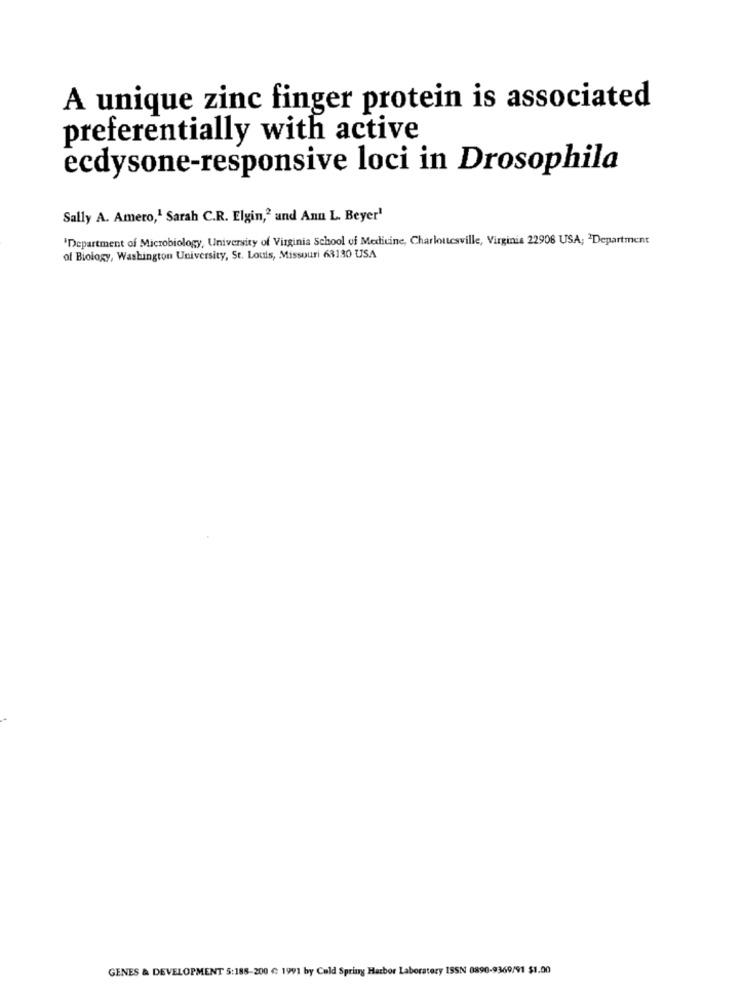
A unique zinc finger protein is associated
preferentially with active
ecdysone-responsive loci in Drosophila
Sally A. Amero,1 Sarah C.R. Elgin,2 and Anu L. Beyer'
'Department of Microbiology, University of Virginia School of Medicine, Charlottesville, Virginia 22906 USA; 2Department
of Biology, Washington University, St. Louis, Missouri 63130 USA
GENES & DEVELOPMENT 5:188-200 € 1991 by Cold Spring Harbor Laboratory ISSN 0890-9369/91 $1.00